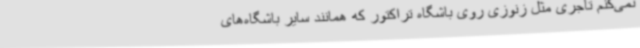
نمی‌کنم تاجری مثل زنوزی روی باشگاه تراکتور که همانند سایر باشگاه‌های